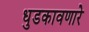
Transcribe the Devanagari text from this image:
धुडकावणारे